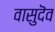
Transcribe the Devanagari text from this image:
वासुदॆव